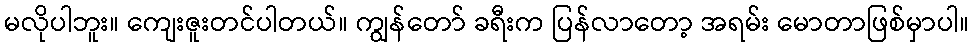
မလိုပါဘူး။ ကျေးဇူးတင်ပါတယ်။ ကျွန်တော် ခရီးက ပြန်လာတော့ အရမ်း မောတာဖြစ်မှာပါ။